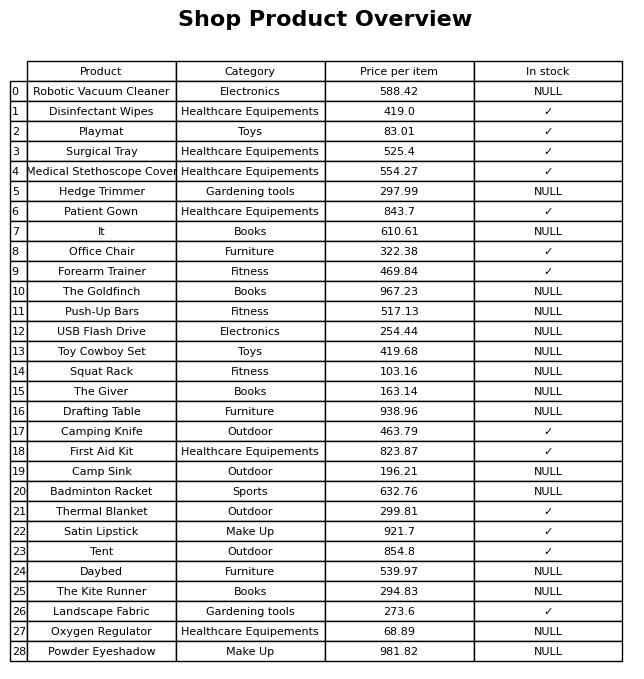
question: Is the It in stock?
answer: NULL